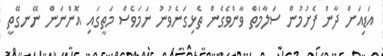
އަޑިއަށް ދާން ފެށުމުން ސަލާމަތް ވާންވެގެން ތެޅިގަނެވުނު ނަމަވެސް މަތީގައި އޮންނަން ނޭނގޭތީ